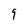
Character: 9